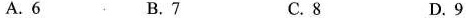
A.6 B.7 C.8 D.9